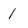
Character: 1